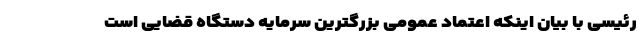
رئیسی با بیان اینکه اعتماد عمومی بزرگترین سرمایه دستگاه قضایی است